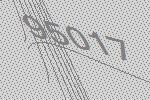
95017